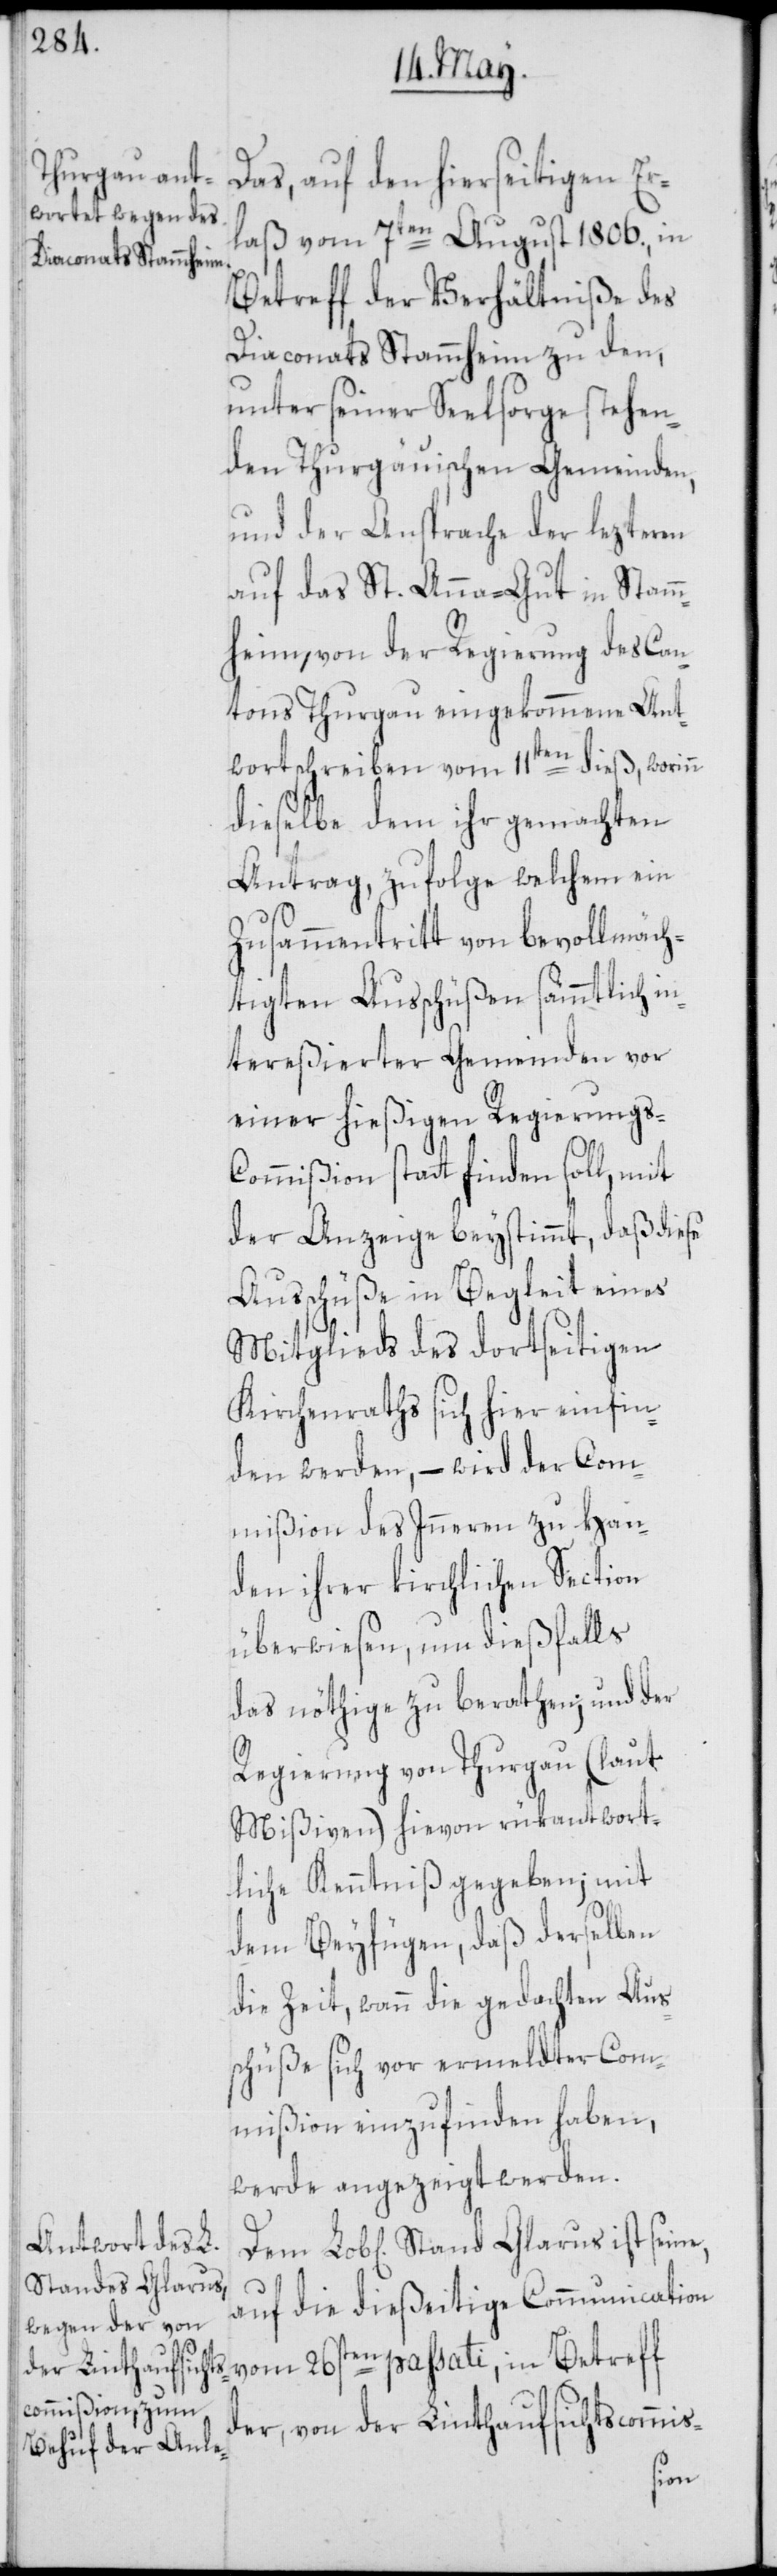
Stand Glarus

laß vom 7ten August 1806., in
Betreff der Verhältniße des
Diaconats Stammheim zu den,
unter seiner Seelsorge stehen¬
den Thurgäuischen Gemeinden,
und der Ansprache der lezteren
auf das St. Anna-Gut in Stam¬
mheim, von der Regierung des Can¬
tons Thurgau eingekommene Ant¬
wortschreiben vom 11ten dieß, worinn
dieselbe dem ihr gemachten
Antrag, zufolge welchem ein
Zusammentritt von bevollmäch¬
tigten Ausschüßen sämmtlich in¬
tereßierter Gemeinden vor
einer hießigen Regierungs-C¬
ommißion statt finden soll, mit
der Anzeige beystimmt, daß diese
Ausschüße in Begleit eines
Mitglieds des dortseitigen
Kirchenraths sich hier einfin¬
den werden, – wird der Com¬
mißion des Inneren zu Han¬
den ihrer kirchlichen Section
überwiesen, um dießfalls
das nöthige zu berathen; und der
Regierung von Thurgau (laut
Mißiven) hievon rükantwort¬
liche Kenntniß gegeben; mit
dem Beyfügen, daß derselben
die Zeit, wann die gedachten Aus¬
schüße sich vor ermeldter Com¬
mißion einzufinden haben,
werde angezeigt werden.
auf die dießeitige Communication
vom 26sten passati, in Betreff
der, von der Linthaufsichtscommis-
Er¬